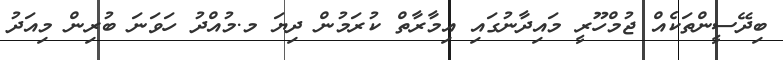
ބިދޭސީންތަކެއް ޖުމްހޫރީ މައިދާނުގައި އިމާރާތް ކުރަމުން ދިޔަ މ.މުއްދު ހަވަނަ ބުރިން މިއަދު